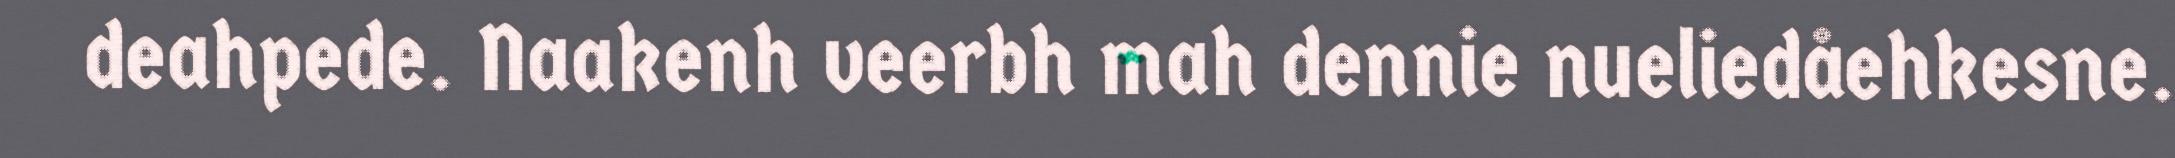
deahpede. Naakenh veerbh mah dennie nueliedåehkesne.